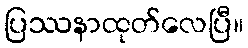
ပြဿနာထုတ်လေပြီ။